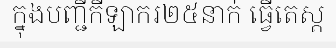
ក្នុងបញ្ជីកីឡាករ២៥នាក់ ធ្វើតេស្ត